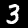
Digit: 3